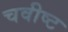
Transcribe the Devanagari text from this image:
चवीष्ट